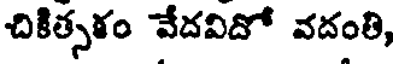
చికిత్సళం వేదవిదో వదంతి,